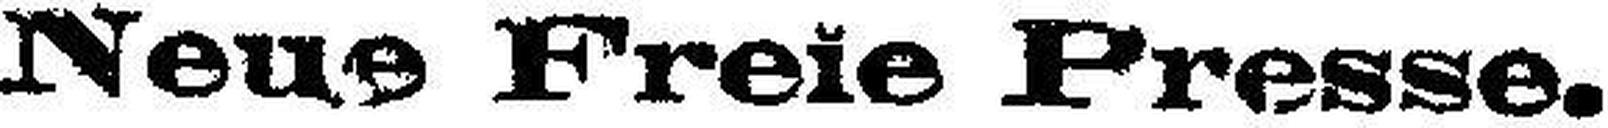
Neue Freie Presse.